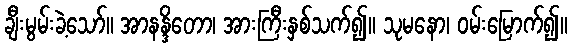
ချီးမွမ်းခဲ့သော်။ အာနန္ဒိတော၊ အားကြီးနှစ်သက်၍။ သုမနော၊ ဝမ်းမြောက်၍။